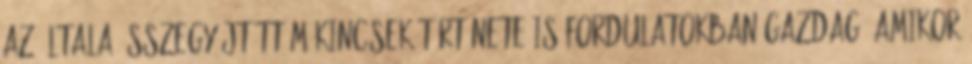
Az általa összegyűjtött műkincsek története is fordulatokban gazdag. Amikor